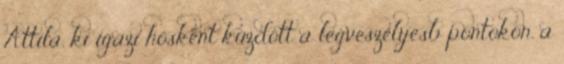
Attila, ki igazi hősként küzdött a legveszélyesb pontokon, a